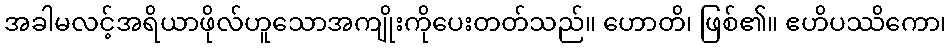
အခါမလင့်အရိယာဖိုလ်ဟူသောအကျိုးကိုပေးတတ်သည်။ ဟောတိ၊ ဖြစ်၏။ ဧဟိပဿိကော၊